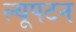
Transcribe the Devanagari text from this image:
ल्यूपटन